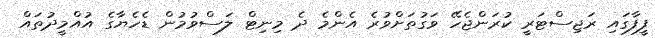
ފީފާގައި ރަޖިސްޓަރީ ކުރަންޖެހޭ ވަގުތަށްވުރެ އެންމެ ދެ މިނިޓް ލަސްވުމުން ޑެހެޔާގެ އުއްމީދުތައް